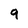
Character: 9